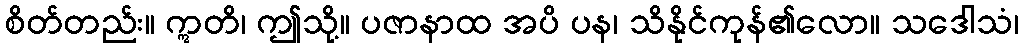
စိတ်တည်း။ ဣတိ၊ ဤသို့။ ပဇာနာထ အပိ ပန၊ သိနိုင်ကုန်၏လော။ သဒေါသံ၊